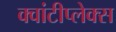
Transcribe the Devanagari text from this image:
क्वांटीप्लेक्स